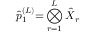
\hat { p } _ { 1 } ^ { ( L ) } { = } \bigotimes _ { r = 1 } ^ { L } \hat { X } _ { r }